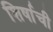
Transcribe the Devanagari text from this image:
शिर्षाची